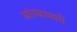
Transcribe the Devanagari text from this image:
यांच्यामागे